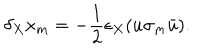
LaTeX: \delta _ { X } x _ { m } = - \frac 1 2 \epsilon _ { X } ( u \sigma _ { m } \bar { u } ) .